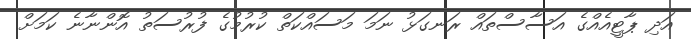
އަދި ޕާޓީއެއްގެ އަސާސްތައް ރަނގަޅު ނަމަ މަސައްކަތް ކުރުމުގެ ފުރުސަތު އޮންނާނެ ކަމަށް